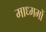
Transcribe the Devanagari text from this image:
माध्ममों